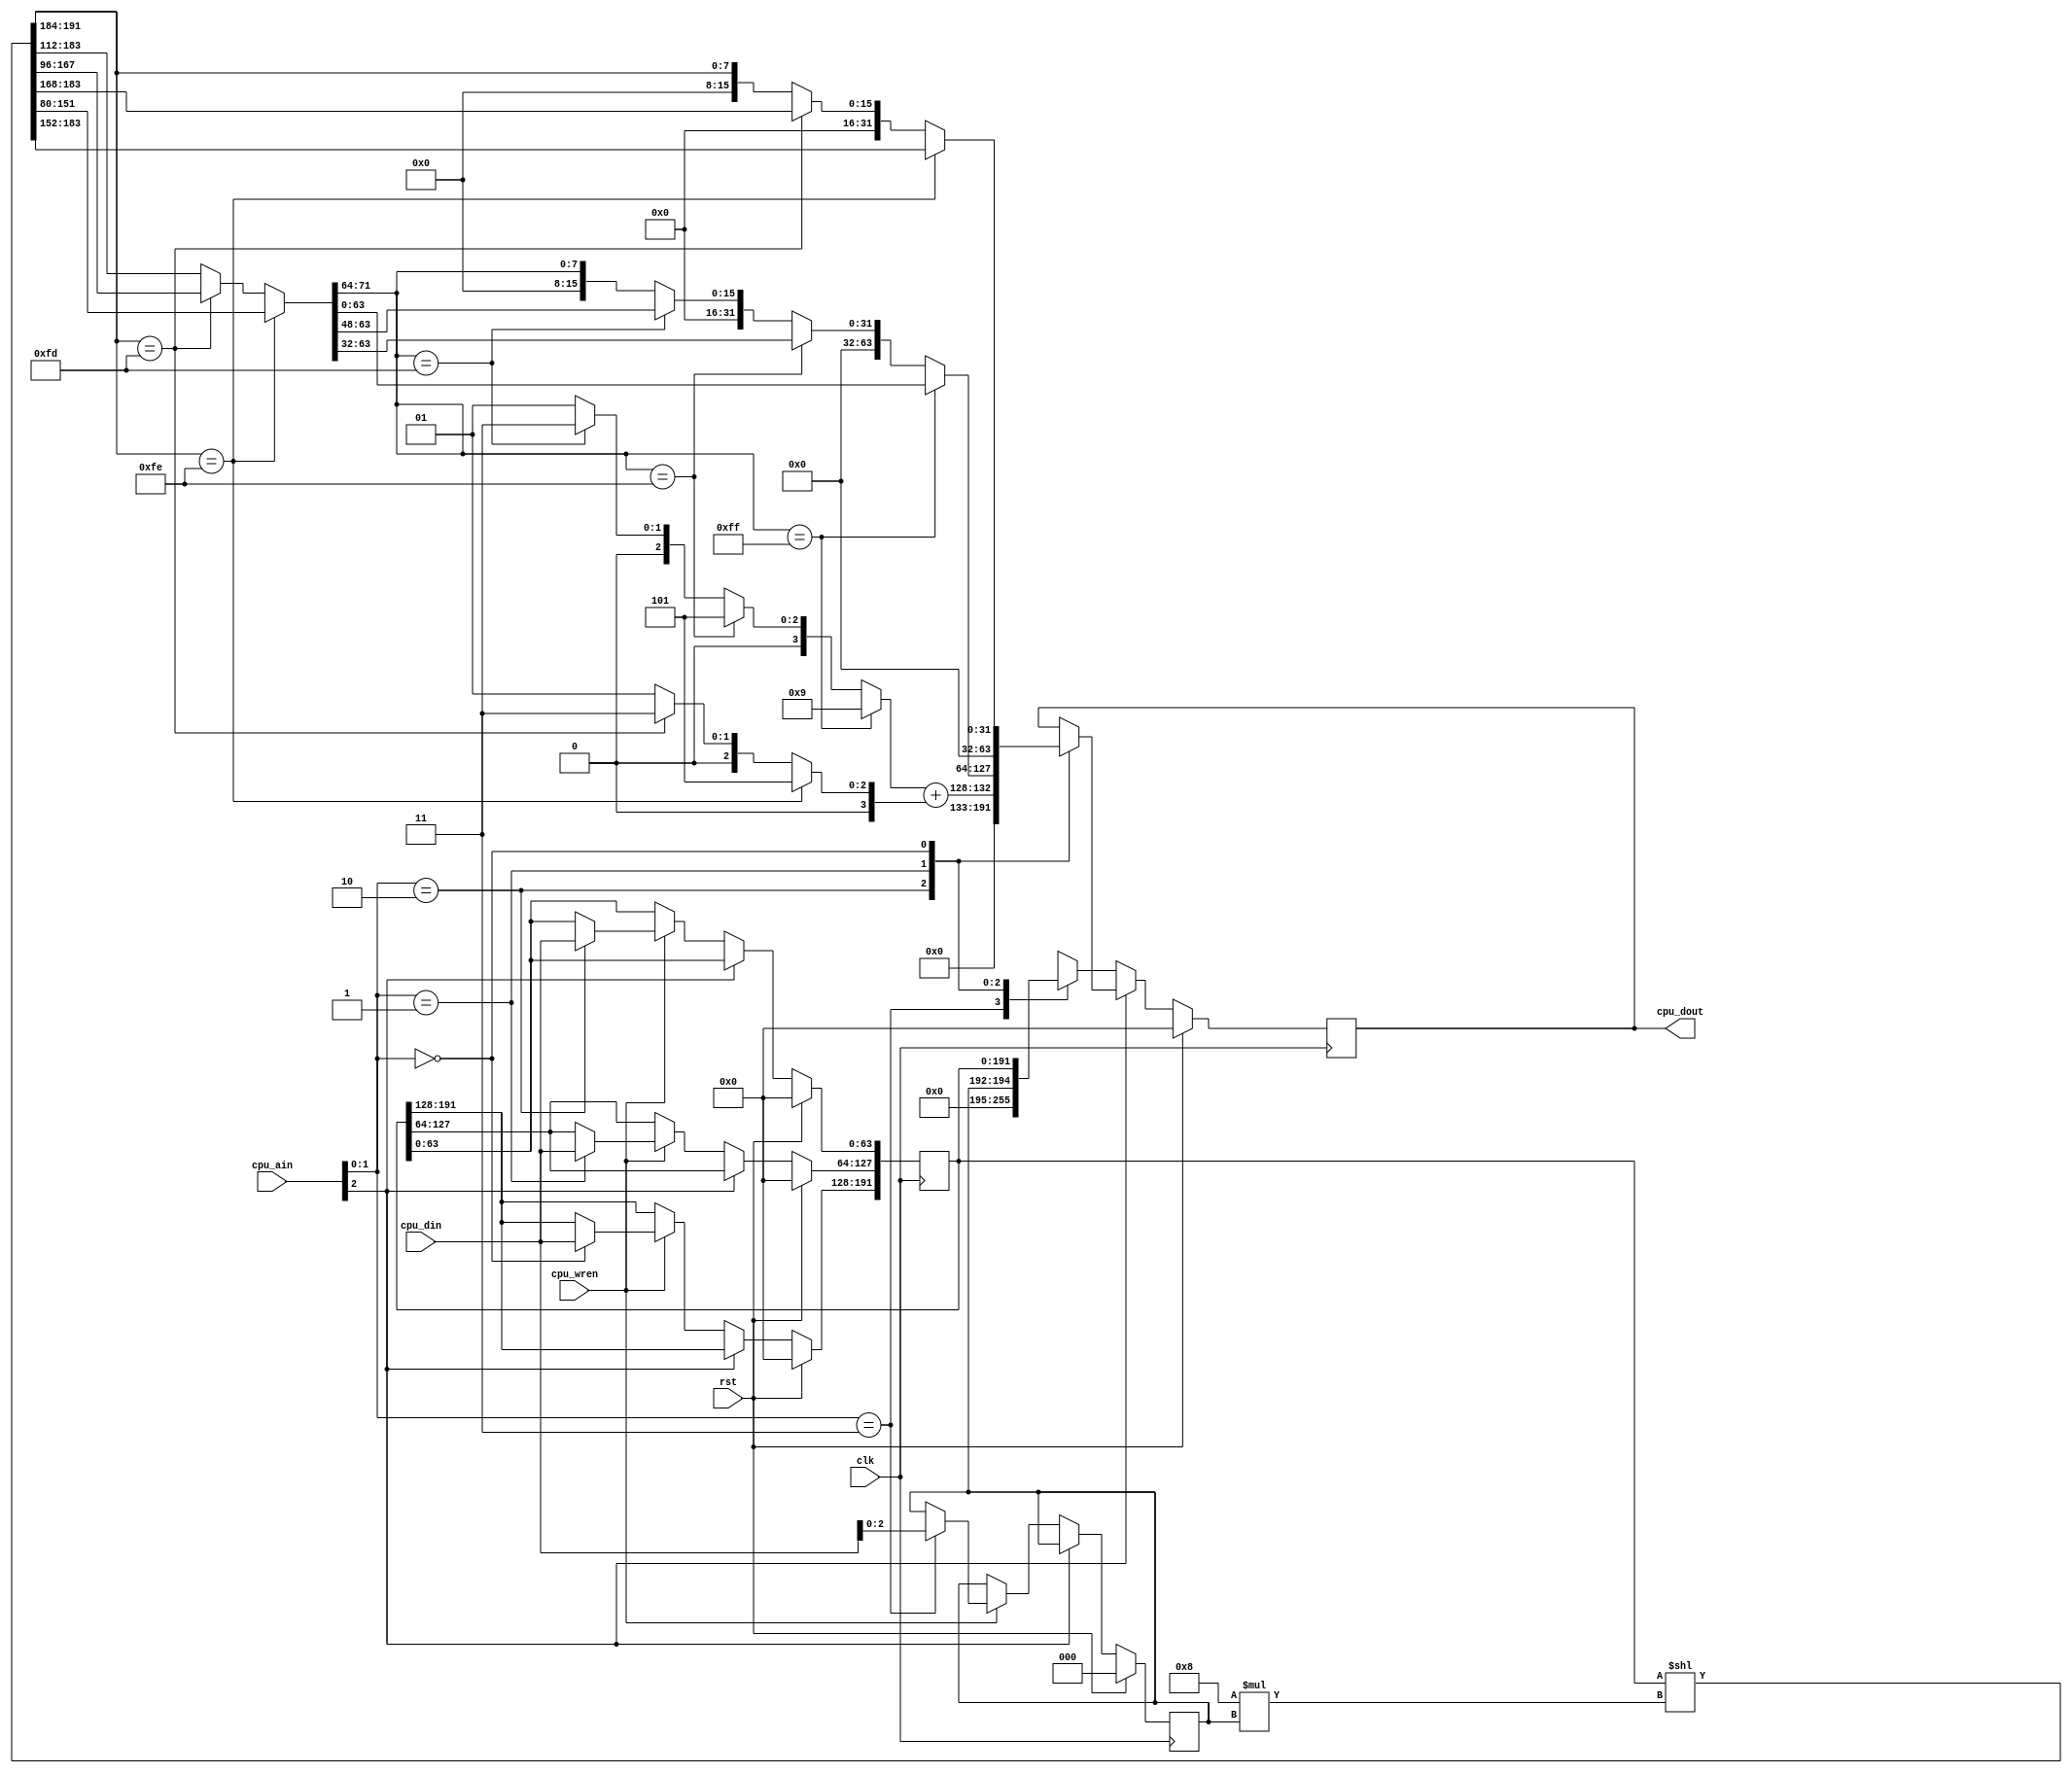
module tlv_decoder(
    input [63:0] cpu_din,
    input [63:0] cpu_ain,
    input cpu_wren,
    output [63:0] cpu_dout,
    input clk,
    input rst
);

    reg [191:0] data;
    reg [191:0] shift_data;
    reg [127:0] buffer_data;
    reg [31:0] tlv_type;
    reg [3:0] tlv_type_var;
    reg [63:0] tlv_length;
    reg [3:0] tlv_length_var;
    reg [7:0] tlv_value_offset;

    reg [71:0] length_buffer;

    reg [2:0] byte_offset;

    reg [63:0] out;
    assign cpu_dout = out;

    always @ (*) begin
        // Fix Byte offset
        shift_data = data<<(8*byte_offset);
        buffer_data = shift_data[191:64];
        // Parse TLV Type
        if (buffer_data[127:120] == 8'hFE) begin
            tlv_type = buffer_data[119:88];
            tlv_type_var = 4'd5;
            length_buffer = buffer_data[87:16];
        end
        else if (buffer_data[127:120] == 8'hFD) begin
            tlv_type = {16'd0, buffer_data[119:104]};
            tlv_type_var = 4'd3;
            length_buffer = buffer_data[103:32];
        end
        else begin
            tlv_type = {24'd0, buffer_data[127:120]};
            tlv_type_var = 4'd1;
            length_buffer = buffer_data[119:48];
        end
        /*
        case (tlv_type_var)
            2'd0: begin
                if (buffer_data[15:8] == 8'hFF) begin
                    tlv_length = buffer_data[79:16];
                    tlv_length_var = 2'd3;
                    tlv_value_offset = 10;
                end
                if (buffer_data[15:8] == 8'hFE) begin
                    tlv_length = buffer_data[47:16];
                    tlv_length_var = 2'd2;
                    tlv_value_offset = 6;
                end
                if (buffer_data[15:8] == 8'hFD) begin
                    tlv_length = buffer_data[31:16];
                    tlv_length_var = 2'd1;
                    tlv_value_offset = 4;
                end
                else begin
                    tlv_length = buffer_data[15:8];
                    tlv_length_var = 2'd0;
                    tlv_value_offset = 2;
                end
            end
            2'd1: begin
            end
            2'd2: begin
            end
            default: begin
            end
        endcase
        */
        // Parse TLV Length
        if (length_buffer[71:64] == 8'hFF) begin
            tlv_length = length_buffer[63:0];
            tlv_length_var = 4'd9;
        end
        else if (length_buffer[71:64] == 8'hFE) begin
            tlv_length = length_buffer[63:32];
            tlv_length_var = 4'd5;
        end
        else if (length_buffer[71:64] == 8'hFD) begin
            tlv_length = length_buffer[63:48];
            tlv_length_var = 4'd3;
        end
        else begin
            tlv_length = length_buffer[71:64];
            tlv_length_var = 4'd1;
        end

        // Calculate Value Offset
        tlv_value_offset = tlv_length_var + tlv_type_var;
    end

    always @ (posedge clk) begin
        if (rst) begin
            data <= 0;
            out <= 0;
				byte_offset <= 0;
        end
        else begin
            // Access data buffer
            if (cpu_ain[2] == 0) begin
                if (cpu_wren) begin
                    case(cpu_ain[1:0])
						2'd3: byte_offset <= cpu_din[2:0];
                        2'd2: data[63:0] <= cpu_din;
                        2'd1: data[127:64] <= cpu_din;
                        2'd0: data[191:128] <= cpu_din;
                    endcase
                end
                case(cpu_ain[1:0])
					2'd3: out <= {61'd0, byte_offset[2:0]};
                    2'd2: out <= data[191:128];
                    2'd1: out <= data[127:64];
                    2'd0: out <= data[63:0];
                endcase
            end
            // Access results
            else begin
                case(cpu_ain[1:0])
                    2'd2: out[63:0] <= tlv_value_offset;
                    2'd1: out[63:0] <= tlv_length;
                    2'd0: out[63:0] <= tlv_type;
                endcase
            end
        end
    end
endmodule